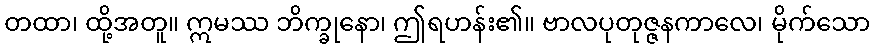
တထာ၊ ထို့အတူ။ ဣမဿ ဘိက္ခုနော၊ ဤရဟန်း၏။ ဗာလပုတုဇ္ဇနကာလေ၊ မိုက်သော